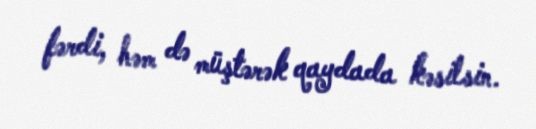
fərdi, həm də müştərək qaydada kəsilsin.